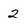
Character: 2